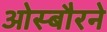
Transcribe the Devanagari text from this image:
ओस्बौरने